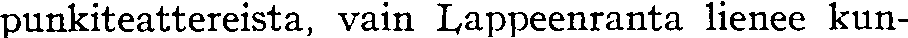
punkiteattereista, vain Lappeenranta lienee kun-